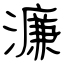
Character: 濂